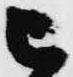
被